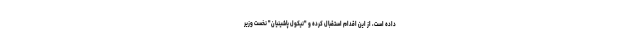
داده است، از این اقدام استقبال کرده و "نیکول پاشینیان" نخست وزیر